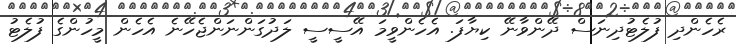
ރެހެންދި ފުލެޓުދިނަސް ދޭންވާނޭ ކިޔާފަ. އެހެންވީމަ އޭސީސީ ލަދުގަންނަންޖެހޭނެ އެހެން މީހުންގެ ފުލެޓު